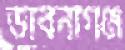
ভাবনাগঞ্জ